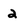
Character: 2